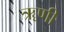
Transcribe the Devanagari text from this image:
ॠणी